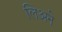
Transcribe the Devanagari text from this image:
लिअने